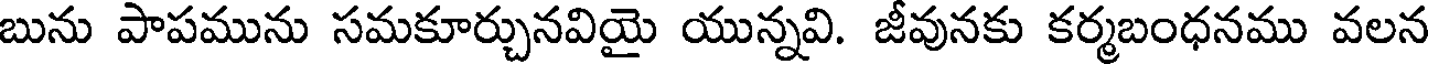
బును పాపమును సమకూర్చునవియై యున్నవి. జీవునకు కర్మబంధనము వలన